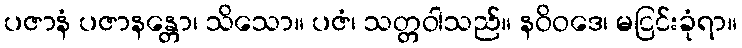
ပဇာနံ ပဇာနန္တော၊ သိသော။ ပဇံ၊ သတ္တဝါသည်။ နဝိဝဒေ၊ မငြင်းခုံရာ။